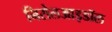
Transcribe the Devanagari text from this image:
निरोलआइडॉल